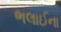
ભલાઈના